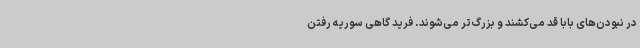
در نبودن‌های بابا قد می‌کشند و بزرگ‌تر می‌شوند. فرید گاهی سوریه رفتن